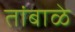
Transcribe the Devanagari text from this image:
तांबाळे